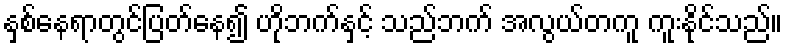
နှစ်နေရာတွင်ပြတ်နေ၍ ဟိုဘက်နှင့် သည်ဘက် အလွယ်တကူ ကူးနိုင်သည်။